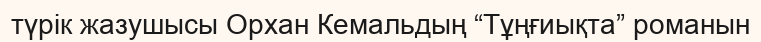
түрік жазушысы Орхан Кемальдың “Тұңғиықта” романын